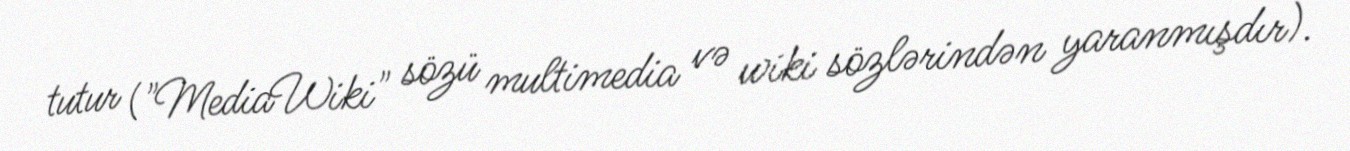
tutur ("MediaWiki" sözü multimedia və wiki sözlərindən yaranmışdır).